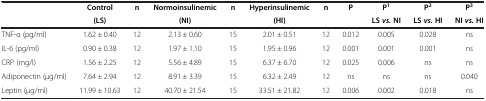
<table><thead><tr><td><b> </b></td><td><b>Control</b></td><td><b>n</b></td><td><b>Normoinsulinemic</b></td><td><b>n</b></td><td><b>Hyperinsulinemic</b></td><td><b>n</b></td><td><b>P</b></td><td><b>P<sup>1</sup></b></td><td><b>P<sup>2</sup></b></td><td><b>P<sup>3</sup></b></td></tr><tr><td><b> </b></td><td><b>(LS)</b></td><td><b> </b></td><td><b>(NI)</b></td><td><b> </b></td><td><b>(HI)</b></td><td><b> </b></td><td><b> </b></td><td><b>LS<i>vs.</i>NI</b></td><td><b>LS<i>vs.</i>HI</b></td><td><b>NI<i>vs.</i>HI</b></td></tr></thead><tbody><tr><td>TNF-α (pg/ml)</td><td>1.62 ± 0.40</td><td>12</td><td>2.13 ± 0.60</td><td>15</td><td>2.01 ± 0.51</td><td>12</td><td>0.012</td><td>0.005</td><td>0.028</td><td>ns</td></tr><tr><td>IL-6 (pg/ml)</td><td>0.90 ± 0.38</td><td>12</td><td>1.97 ± 1.10</td><td>15</td><td>1.95 ± 0.96</td><td>12</td><td>0.001</td><td>0.001</td><td>0.001</td><td>ns</td></tr><tr><td>CRP (mg/l)</td><td>1.56 ± 2.25</td><td>12</td><td>5.56 ± 4.89</td><td>15</td><td>6.37 ± 6.70</td><td>12</td><td>0.025</td><td>0.006</td><td>ns</td><td>ns</td></tr><tr><td>Adiponectin (μg/ml)</td><td>7.64 ± 2.94</td><td>12</td><td>8.91 ± 3.39</td><td>15</td><td>6.32 ± 2.49</td><td>12</td><td>ns</td><td>ns</td><td>ns</td><td>0.040</td></tr><tr><td>Leptin (μg/ml)</td><td>11.99 ± 10.63</td><td>12</td><td>40.70 ± 21.54</td><td>15</td><td>33.51 ± 21.82</td><td>12</td><td>0.006</td><td>0.002</td><td>0.018</td><td>ns</td></tr></tbody></table>